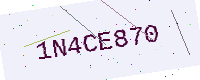
Text: 1N4CE870